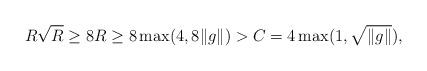
LaTeX: \begin{align*} R \sqrt{R} \geq 8 R \geq 8 \max (4, 8 \|g\|) > C = 4 \max (1, \sqrt{\|g\|}),\end{align*}